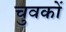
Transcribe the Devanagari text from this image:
चुवकों